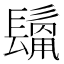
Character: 𩮊